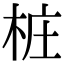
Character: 桩